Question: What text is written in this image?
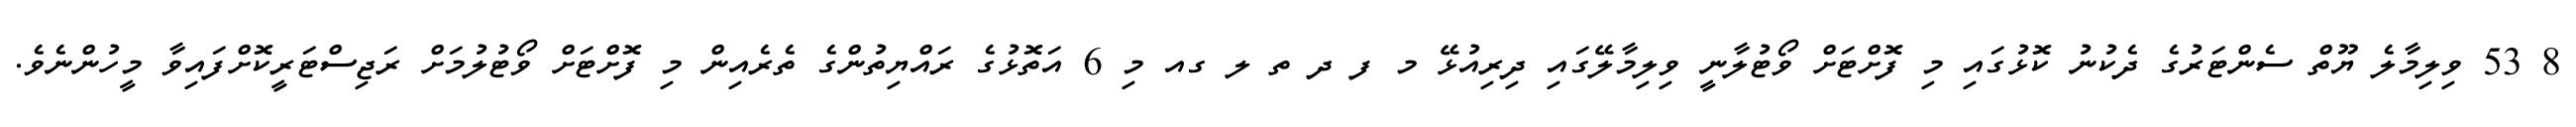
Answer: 8 53 ވިލިމާލެ ޔޫތް ސެންޓަރުގެ ދެކުނު ކޮޅުގައި މި ފޮށްޓަށް ވޯޓުލާނީ ވިލިމާލޭގައި ދިރިއުޅޭ މ ފ ދ ތ ލ ގއ މި 6 އަތޮޅުގެ ރައްޔިތުންގެ ތެރެއިން މި ފޮށްޓަށް ވޯޓުލުމަށް ރަޖިސްޓަރީކޮށްފައިވާ މީހުންނެވެ.